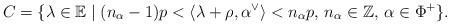
LaTeX: \begin{align*} C = \{ \lambda \in \mathbb{E} \mid (n_{\alpha}-1)p < \langle \lambda + \rho, \alpha^{\vee} \rangle < n_{\alpha}p, \, n_{\alpha} \in \mathbb{Z}, \, \alpha \in \Phi^+ \}.\end{align*}